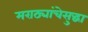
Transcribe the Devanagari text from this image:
मराठ्यांचेसुद्धा